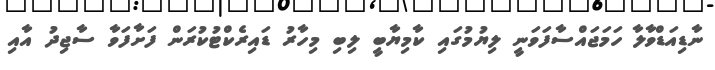
ނާޑިއަޑްވާލާ ހަމަޖައްސާފަވަނީ ލިޔުމުގައި ކާމިޔާބީ ލިބި މިހާރު ޑައިރެކްޓުކުރަން ފަށާފަވާ ސާޖިދު އާއި